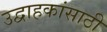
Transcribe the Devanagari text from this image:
उद्वाहकांसाठी